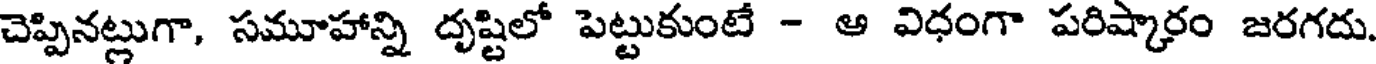
చెప్పినట్లుగా, సమూహాన్ని దృష్టిలో పెట్టుకుంటే - ఆ విధంగా పరిష్కారం జరగదు.